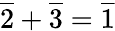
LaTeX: {\overline{{2}}}+{\overline{{3}}}={\overline{{1}}}